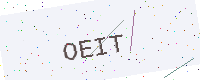
Text: OEIT